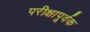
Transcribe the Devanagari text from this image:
परीक्षापूर्वक